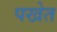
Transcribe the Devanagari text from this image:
पखेत